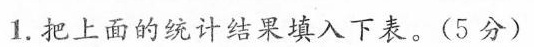
1.把上面的统计结果填入下表。(5分)